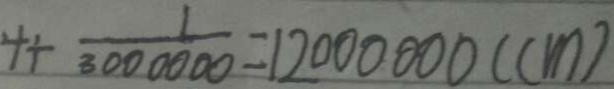
4 \div \frac { 1 } { 3 0 0 0 0 0 0 } = 1 2 0 0 0 0 0 0 ( c m )